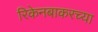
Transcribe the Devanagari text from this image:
रिकेनबाकरच्या